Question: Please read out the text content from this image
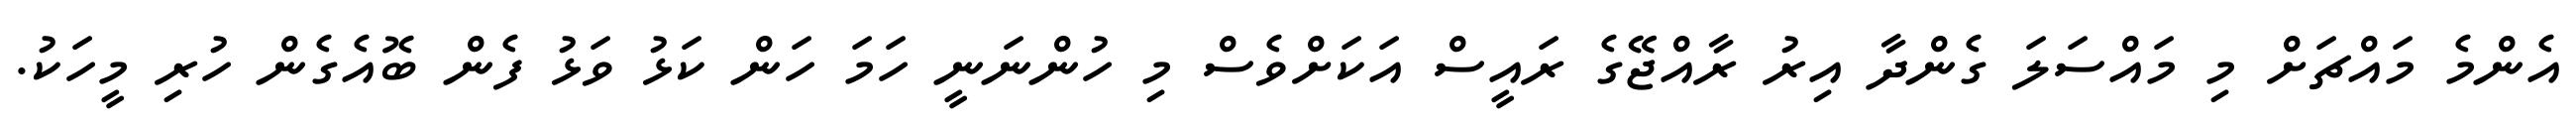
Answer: އެންމެ މައްޗަށް މި މައްސަލަ ގެންދާ އިރު ރާއްޖޭގެ ރައީސް އަކަށްވެސް މި ހުންނަނީ ހަމަ ހަން ކަޅު ވަޅު ފެން ބޮއެގެން ހުރި މީހަކު.